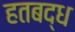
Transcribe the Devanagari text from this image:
हतबद्ध